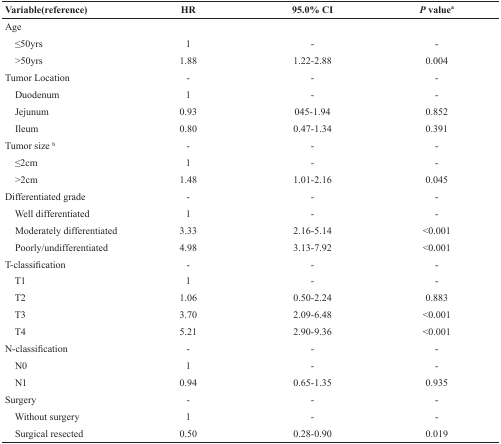
<table><thead><tr><td><b>Variable(reference)</b></td><td><b>HR</b></td><td><b>95.0% CI</b></td><td><b>P value</b></td></tr></thead><tbody><tr><td>Age</td><td></td><td></td><td></td></tr><tr><td> ≤50yrs</td><td>1</td><td>-</td><td>-</td></tr><tr><td> &gt;50yrs</td><td>1.88</td><td>1.22-2.88</td><td>0.004</td></tr><tr><td>Tumor Location</td><td>-</td><td>-</td><td>-</td></tr><tr><td> Duodenum</td><td>1</td><td>-</td><td>-</td></tr><tr><td> Jejunum</td><td>0.93</td><td>045-1.94</td><td>0.852</td></tr><tr><td> Ileum</td><td>0.80</td><td>0.47-1.34</td><td>0.391</td></tr><tr><td>Tumor size <sup>b</sup></td><td>-</td><td>-</td><td>-</td></tr><tr><td> ≤2cm</td><td>1</td><td>-</td><td>-</td></tr><tr><td> &gt;2cm</td><td>1.48</td><td>1.01-2.16</td><td>0.045</td></tr><tr><td>Differentiated grade</td><td>-</td><td>-</td><td>-</td></tr><tr><td> Well differentiated</td><td>1</td><td>-</td><td>-</td></tr><tr><td> Moderately differentiated</td><td>3.33</td><td>2.16-5.14</td><td>&lt;0.001</td></tr><tr><td> Poorly/undifferentiated</td><td>4.98</td><td>3.13-7.92</td><td>&lt;0.001</td></tr><tr><td>T-classification</td><td>-</td><td>-</td><td>-</td></tr><tr><td> T1</td><td>1</td><td>-</td><td>-</td></tr><tr><td> T2</td><td>1.06</td><td>0.50-2.24</td><td>0.883</td></tr><tr><td> T3</td><td>3.70</td><td>2.09-6.48</td><td>&lt;0.001</td></tr><tr><td> T4</td><td>5.21</td><td>2.90-9.36</td><td>&lt;0.001</td></tr><tr><td>N-classification</td><td>-</td><td>-</td><td>-</td></tr><tr><td> N0</td><td>1</td><td>-</td><td>-</td></tr><tr><td> N1</td><td>0.94</td><td>0.65-1.35</td><td>0.935</td></tr><tr><td>Surgery</td><td>-</td><td>-</td><td>-</td></tr><tr><td> Without surgery</td><td>1</td><td>-</td><td>-</td></tr><tr><td> Surgical resected</td><td>0.50</td><td>0.28-0.90</td><td>0.019</td></tr></tbody></table>